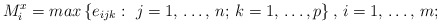
\begin{align*}M_{i}^{x}=max\left\{ e_{ijk}:\thinspace \thinspace j=1,\thinspace \mathellipsis ,\thinspace n;\thinspace k=1,\thinspace \mathellipsis ,p \right\},\thinspace i=1,\thinspace \mathellipsis ,\thinspace m;\end{align*}